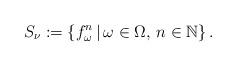
LaTeX: \begin{align*}S_\nu:=\left\{f^n_\omega\,|\,\omega\in \Omega,\,n\in\mathbb N\right\}.\end{align*}